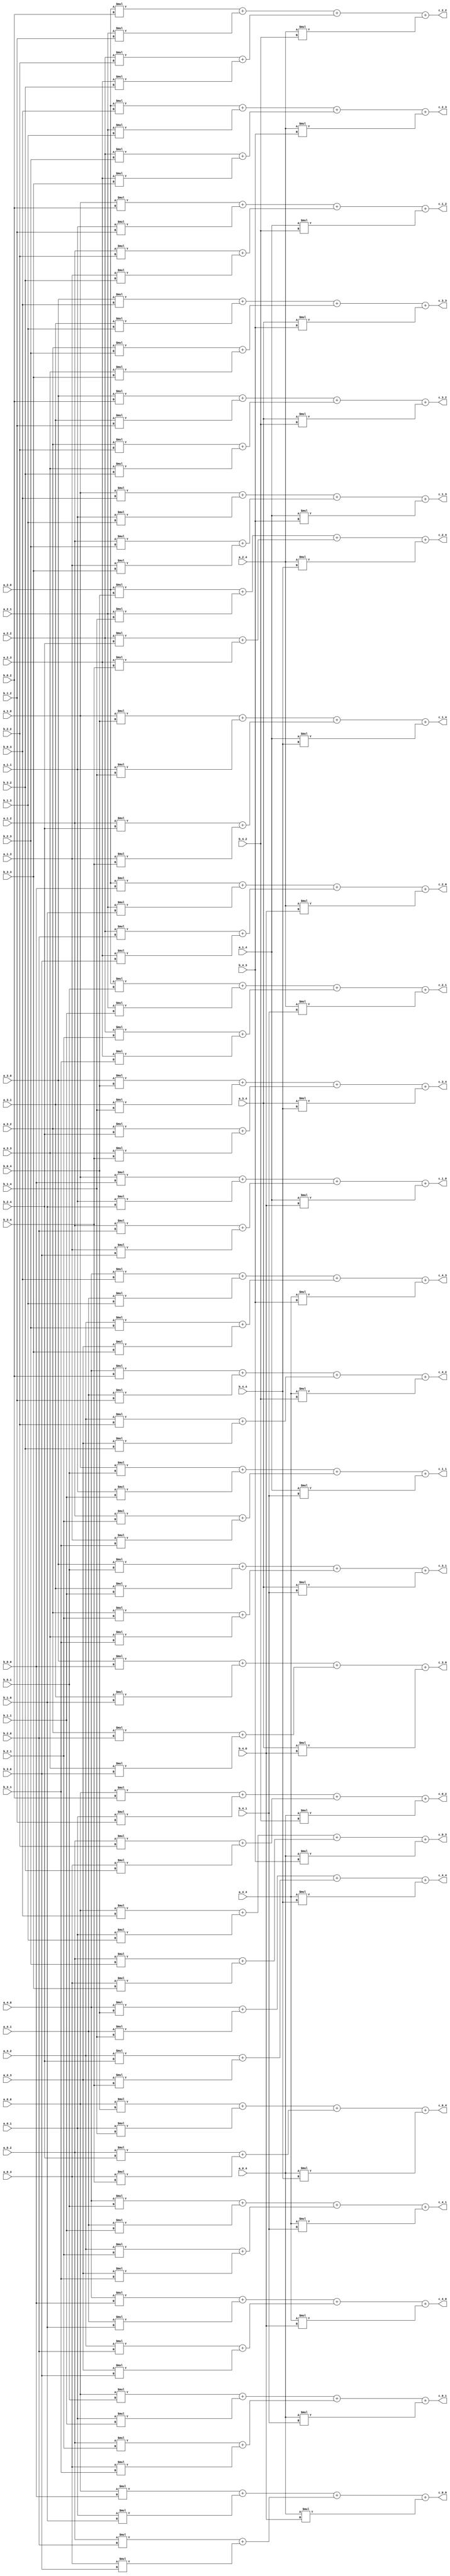
module mmult (a_0_0, b_0_0, a_0_1, b_0_1, a_0_2, b_0_2, a_0_3, b_0_3, a_0_4, b_0_4, a_1_0, b_1_0, a_1_1, b_1_1, a_1_2, b_1_2, a_1_3, b_1_3, a_1_4, b_1_4, a_2_0, b_2_0, a_2_1, b_2_1, a_2_2, b_2_2, a_2_3, b_2_3, a_2_4, b_2_4, a_3_0, b_3_0, a_3_1, b_3_1, a_3_2, b_3_2, a_3_3, b_3_3, a_3_4, b_3_4, a_4_0, b_4_0, a_4_1, b_4_1, a_4_2, b_4_2, a_4_3, b_4_3, a_4_4, b_4_4, c_0_0, c_0_1, c_0_2, c_0_3, c_0_4, c_1_0, c_1_1, c_1_2, c_1_3, c_1_4, c_2_0, c_2_1, c_2_2, c_2_3, c_2_4, c_3_0, c_3_1, c_3_2, c_3_3, c_3_4, c_4_0, c_4_1, c_4_2, c_4_3, c_4_4);

  input [15:0] a_0_0;
  input [15:0] b_0_0;
  input [15:0] a_0_1;
  input [15:0] b_0_1;
  input [15:0] a_0_2;
  input [15:0] b_0_2;
  input [15:0] a_0_3;
  input [15:0] b_0_3;
  input [15:0] a_0_4;
  input [15:0] b_0_4;
  input [15:0] a_1_0;
  input [15:0] b_1_0;
  input [15:0] a_1_1;
  input [15:0] b_1_1;
  input [15:0] a_1_2;
  input [15:0] b_1_2;
  input [15:0] a_1_3;
  input [15:0] b_1_3;
  input [15:0] a_1_4;
  input [15:0] b_1_4;
  input [15:0] a_2_0;
  input [15:0] b_2_0;
  input [15:0] a_2_1;
  input [15:0] b_2_1;
  input [15:0] a_2_2;
  input [15:0] b_2_2;
  input [15:0] a_2_3;
  input [15:0] b_2_3;
  input [15:0] a_2_4;
  input [15:0] b_2_4;
  input [15:0] a_3_0;
  input [15:0] b_3_0;
  input [15:0] a_3_1;
  input [15:0] b_3_1;
  input [15:0] a_3_2;
  input [15:0] b_3_2;
  input [15:0] a_3_3;
  input [15:0] b_3_3;
  input [15:0] a_3_4;
  input [15:0] b_3_4;
  input [15:0] a_4_0;
  input [15:0] b_4_0;
  input [15:0] a_4_1;
  input [15:0] b_4_1;
  input [15:0] a_4_2;
  input [15:0] b_4_2;
  input [15:0] a_4_3;
  input [15:0] b_4_3;
  input [15:0] a_4_4;
  input [15:0] b_4_4;

  output [15:0] c_0_0;
  output [15:0] c_0_1;
  output [15:0] c_0_2;
  output [15:0] c_0_3;
  output [15:0] c_0_4;
  output [15:0] c_1_0;
  output [15:0] c_1_1;
  output [15:0] c_1_2;
  output [15:0] c_1_3;
  output [15:0] c_1_4;
  output [15:0] c_2_0;
  output [15:0] c_2_1;
  output [15:0] c_2_2;
  output [15:0] c_2_3;
  output [15:0] c_2_4;
  output [15:0] c_3_0;
  output [15:0] c_3_1;
  output [15:0] c_3_2;
  output [15:0] c_3_3;
  output [15:0] c_3_4;
  output [15:0] c_4_0;
  output [15:0] c_4_1;
  output [15:0] c_4_2;
  output [15:0] c_4_3;
  output [15:0] c_4_4;

  wire [15:0] t0_r0_c0_rr0;
  wire [15:0] t0_r0_c0_rr1;
  wire [15:0] t0_r0_c0_rr2;
  wire [15:0] t0_r0_c0_rr3;
  wire [15:0] t0_r0_c0_rr4;
  wire [15:0] t1_r0_c0_rr0;
  wire [15:0] t1_r0_c0_rr1;
  wire [15:0] t1_r0_c0_rr2;
  wire [15:0] t2_r0_c0_rr0;
  wire [15:0] t2_r0_c0_rr1;
  wire [15:0] t3_r0_c0_rr0;
  wire [15:0] t0_r0_c1_rr0;
  wire [15:0] t0_r0_c1_rr1;
  wire [15:0] t0_r0_c1_rr2;
  wire [15:0] t0_r0_c1_rr3;
  wire [15:0] t0_r0_c1_rr4;
  wire [15:0] t1_r0_c1_rr0;
  wire [15:0] t1_r0_c1_rr1;
  wire [15:0] t1_r0_c1_rr2;
  wire [15:0] t2_r0_c1_rr0;
  wire [15:0] t2_r0_c1_rr1;
  wire [15:0] t3_r0_c1_rr0;
  wire [15:0] t0_r0_c2_rr0;
  wire [15:0] t0_r0_c2_rr1;
  wire [15:0] t0_r0_c2_rr2;
  wire [15:0] t0_r0_c2_rr3;
  wire [15:0] t0_r0_c2_rr4;
  wire [15:0] t1_r0_c2_rr0;
  wire [15:0] t1_r0_c2_rr1;
  wire [15:0] t1_r0_c2_rr2;
  wire [15:0] t2_r0_c2_rr0;
  wire [15:0] t2_r0_c2_rr1;
  wire [15:0] t3_r0_c2_rr0;
  wire [15:0] t0_r0_c3_rr0;
  wire [15:0] t0_r0_c3_rr1;
  wire [15:0] t0_r0_c3_rr2;
  wire [15:0] t0_r0_c3_rr3;
  wire [15:0] t0_r0_c3_rr4;
  wire [15:0] t1_r0_c3_rr0;
  wire [15:0] t1_r0_c3_rr1;
  wire [15:0] t1_r0_c3_rr2;
  wire [15:0] t2_r0_c3_rr0;
  wire [15:0] t2_r0_c3_rr1;
  wire [15:0] t3_r0_c3_rr0;
  wire [15:0] t0_r0_c4_rr0;
  wire [15:0] t0_r0_c4_rr1;
  wire [15:0] t0_r0_c4_rr2;
  wire [15:0] t0_r0_c4_rr3;
  wire [15:0] t0_r0_c4_rr4;
  wire [15:0] t1_r0_c4_rr0;
  wire [15:0] t1_r0_c4_rr1;
  wire [15:0] t1_r0_c4_rr2;
  wire [15:0] t2_r0_c4_rr0;
  wire [15:0] t2_r0_c4_rr1;
  wire [15:0] t3_r0_c4_rr0;
  wire [15:0] t0_r1_c0_rr0;
  wire [15:0] t0_r1_c0_rr1;
  wire [15:0] t0_r1_c0_rr2;
  wire [15:0] t0_r1_c0_rr3;
  wire [15:0] t0_r1_c0_rr4;
  wire [15:0] t1_r1_c0_rr0;
  wire [15:0] t1_r1_c0_rr1;
  wire [15:0] t1_r1_c0_rr2;
  wire [15:0] t2_r1_c0_rr0;
  wire [15:0] t2_r1_c0_rr1;
  wire [15:0] t3_r1_c0_rr0;
  wire [15:0] t0_r1_c1_rr0;
  wire [15:0] t0_r1_c1_rr1;
  wire [15:0] t0_r1_c1_rr2;
  wire [15:0] t0_r1_c1_rr3;
  wire [15:0] t0_r1_c1_rr4;
  wire [15:0] t1_r1_c1_rr0;
  wire [15:0] t1_r1_c1_rr1;
  wire [15:0] t1_r1_c1_rr2;
  wire [15:0] t2_r1_c1_rr0;
  wire [15:0] t2_r1_c1_rr1;
  wire [15:0] t3_r1_c1_rr0;
  wire [15:0] t0_r1_c2_rr0;
  wire [15:0] t0_r1_c2_rr1;
  wire [15:0] t0_r1_c2_rr2;
  wire [15:0] t0_r1_c2_rr3;
  wire [15:0] t0_r1_c2_rr4;
  wire [15:0] t1_r1_c2_rr0;
  wire [15:0] t1_r1_c2_rr1;
  wire [15:0] t1_r1_c2_rr2;
  wire [15:0] t2_r1_c2_rr0;
  wire [15:0] t2_r1_c2_rr1;
  wire [15:0] t3_r1_c2_rr0;
  wire [15:0] t0_r1_c3_rr0;
  wire [15:0] t0_r1_c3_rr1;
  wire [15:0] t0_r1_c3_rr2;
  wire [15:0] t0_r1_c3_rr3;
  wire [15:0] t0_r1_c3_rr4;
  wire [15:0] t1_r1_c3_rr0;
  wire [15:0] t1_r1_c3_rr1;
  wire [15:0] t1_r1_c3_rr2;
  wire [15:0] t2_r1_c3_rr0;
  wire [15:0] t2_r1_c3_rr1;
  wire [15:0] t3_r1_c3_rr0;
  wire [15:0] t0_r1_c4_rr0;
  wire [15:0] t0_r1_c4_rr1;
  wire [15:0] t0_r1_c4_rr2;
  wire [15:0] t0_r1_c4_rr3;
  wire [15:0] t0_r1_c4_rr4;
  wire [15:0] t1_r1_c4_rr0;
  wire [15:0] t1_r1_c4_rr1;
  wire [15:0] t1_r1_c4_rr2;
  wire [15:0] t2_r1_c4_rr0;
  wire [15:0] t2_r1_c4_rr1;
  wire [15:0] t3_r1_c4_rr0;
  wire [15:0] t0_r2_c0_rr0;
  wire [15:0] t0_r2_c0_rr1;
  wire [15:0] t0_r2_c0_rr2;
  wire [15:0] t0_r2_c0_rr3;
  wire [15:0] t0_r2_c0_rr4;
  wire [15:0] t1_r2_c0_rr0;
  wire [15:0] t1_r2_c0_rr1;
  wire [15:0] t1_r2_c0_rr2;
  wire [15:0] t2_r2_c0_rr0;
  wire [15:0] t2_r2_c0_rr1;
  wire [15:0] t3_r2_c0_rr0;
  wire [15:0] t0_r2_c1_rr0;
  wire [15:0] t0_r2_c1_rr1;
  wire [15:0] t0_r2_c1_rr2;
  wire [15:0] t0_r2_c1_rr3;
  wire [15:0] t0_r2_c1_rr4;
  wire [15:0] t1_r2_c1_rr0;
  wire [15:0] t1_r2_c1_rr1;
  wire [15:0] t1_r2_c1_rr2;
  wire [15:0] t2_r2_c1_rr0;
  wire [15:0] t2_r2_c1_rr1;
  wire [15:0] t3_r2_c1_rr0;
  wire [15:0] t0_r2_c2_rr0;
  wire [15:0] t0_r2_c2_rr1;
  wire [15:0] t0_r2_c2_rr2;
  wire [15:0] t0_r2_c2_rr3;
  wire [15:0] t0_r2_c2_rr4;
  wire [15:0] t1_r2_c2_rr0;
  wire [15:0] t1_r2_c2_rr1;
  wire [15:0] t1_r2_c2_rr2;
  wire [15:0] t2_r2_c2_rr0;
  wire [15:0] t2_r2_c2_rr1;
  wire [15:0] t3_r2_c2_rr0;
  wire [15:0] t0_r2_c3_rr0;
  wire [15:0] t0_r2_c3_rr1;
  wire [15:0] t0_r2_c3_rr2;
  wire [15:0] t0_r2_c3_rr3;
  wire [15:0] t0_r2_c3_rr4;
  wire [15:0] t1_r2_c3_rr0;
  wire [15:0] t1_r2_c3_rr1;
  wire [15:0] t1_r2_c3_rr2;
  wire [15:0] t2_r2_c3_rr0;
  wire [15:0] t2_r2_c3_rr1;
  wire [15:0] t3_r2_c3_rr0;
  wire [15:0] t0_r2_c4_rr0;
  wire [15:0] t0_r2_c4_rr1;
  wire [15:0] t0_r2_c4_rr2;
  wire [15:0] t0_r2_c4_rr3;
  wire [15:0] t0_r2_c4_rr4;
  wire [15:0] t1_r2_c4_rr0;
  wire [15:0] t1_r2_c4_rr1;
  wire [15:0] t1_r2_c4_rr2;
  wire [15:0] t2_r2_c4_rr0;
  wire [15:0] t2_r2_c4_rr1;
  wire [15:0] t3_r2_c4_rr0;
  wire [15:0] t0_r3_c0_rr0;
  wire [15:0] t0_r3_c0_rr1;
  wire [15:0] t0_r3_c0_rr2;
  wire [15:0] t0_r3_c0_rr3;
  wire [15:0] t0_r3_c0_rr4;
  wire [15:0] t1_r3_c0_rr0;
  wire [15:0] t1_r3_c0_rr1;
  wire [15:0] t1_r3_c0_rr2;
  wire [15:0] t2_r3_c0_rr0;
  wire [15:0] t2_r3_c0_rr1;
  wire [15:0] t3_r3_c0_rr0;
  wire [15:0] t0_r3_c1_rr0;
  wire [15:0] t0_r3_c1_rr1;
  wire [15:0] t0_r3_c1_rr2;
  wire [15:0] t0_r3_c1_rr3;
  wire [15:0] t0_r3_c1_rr4;
  wire [15:0] t1_r3_c1_rr0;
  wire [15:0] t1_r3_c1_rr1;
  wire [15:0] t1_r3_c1_rr2;
  wire [15:0] t2_r3_c1_rr0;
  wire [15:0] t2_r3_c1_rr1;
  wire [15:0] t3_r3_c1_rr0;
  wire [15:0] t0_r3_c2_rr0;
  wire [15:0] t0_r3_c2_rr1;
  wire [15:0] t0_r3_c2_rr2;
  wire [15:0] t0_r3_c2_rr3;
  wire [15:0] t0_r3_c2_rr4;
  wire [15:0] t1_r3_c2_rr0;
  wire [15:0] t1_r3_c2_rr1;
  wire [15:0] t1_r3_c2_rr2;
  wire [15:0] t2_r3_c2_rr0;
  wire [15:0] t2_r3_c2_rr1;
  wire [15:0] t3_r3_c2_rr0;
  wire [15:0] t0_r3_c3_rr0;
  wire [15:0] t0_r3_c3_rr1;
  wire [15:0] t0_r3_c3_rr2;
  wire [15:0] t0_r3_c3_rr3;
  wire [15:0] t0_r3_c3_rr4;
  wire [15:0] t1_r3_c3_rr0;
  wire [15:0] t1_r3_c3_rr1;
  wire [15:0] t1_r3_c3_rr2;
  wire [15:0] t2_r3_c3_rr0;
  wire [15:0] t2_r3_c3_rr1;
  wire [15:0] t3_r3_c3_rr0;
  wire [15:0] t0_r3_c4_rr0;
  wire [15:0] t0_r3_c4_rr1;
  wire [15:0] t0_r3_c4_rr2;
  wire [15:0] t0_r3_c4_rr3;
  wire [15:0] t0_r3_c4_rr4;
  wire [15:0] t1_r3_c4_rr0;
  wire [15:0] t1_r3_c4_rr1;
  wire [15:0] t1_r3_c4_rr2;
  wire [15:0] t2_r3_c4_rr0;
  wire [15:0] t2_r3_c4_rr1;
  wire [15:0] t3_r3_c4_rr0;
  wire [15:0] t0_r4_c0_rr0;
  wire [15:0] t0_r4_c0_rr1;
  wire [15:0] t0_r4_c0_rr2;
  wire [15:0] t0_r4_c0_rr3;
  wire [15:0] t0_r4_c0_rr4;
  wire [15:0] t1_r4_c0_rr0;
  wire [15:0] t1_r4_c0_rr1;
  wire [15:0] t1_r4_c0_rr2;
  wire [15:0] t2_r4_c0_rr0;
  wire [15:0] t2_r4_c0_rr1;
  wire [15:0] t3_r4_c0_rr0;
  wire [15:0] t0_r4_c1_rr0;
  wire [15:0] t0_r4_c1_rr1;
  wire [15:0] t0_r4_c1_rr2;
  wire [15:0] t0_r4_c1_rr3;
  wire [15:0] t0_r4_c1_rr4;
  wire [15:0] t1_r4_c1_rr0;
  wire [15:0] t1_r4_c1_rr1;
  wire [15:0] t1_r4_c1_rr2;
  wire [15:0] t2_r4_c1_rr0;
  wire [15:0] t2_r4_c1_rr1;
  wire [15:0] t3_r4_c1_rr0;
  wire [15:0] t0_r4_c2_rr0;
  wire [15:0] t0_r4_c2_rr1;
  wire [15:0] t0_r4_c2_rr2;
  wire [15:0] t0_r4_c2_rr3;
  wire [15:0] t0_r4_c2_rr4;
  wire [15:0] t1_r4_c2_rr0;
  wire [15:0] t1_r4_c2_rr1;
  wire [15:0] t1_r4_c2_rr2;
  wire [15:0] t2_r4_c2_rr0;
  wire [15:0] t2_r4_c2_rr1;
  wire [15:0] t3_r4_c2_rr0;
  wire [15:0] t0_r4_c3_rr0;
  wire [15:0] t0_r4_c3_rr1;
  wire [15:0] t0_r4_c3_rr2;
  wire [15:0] t0_r4_c3_rr3;
  wire [15:0] t0_r4_c3_rr4;
  wire [15:0] t1_r4_c3_rr0;
  wire [15:0] t1_r4_c3_rr1;
  wire [15:0] t1_r4_c3_rr2;
  wire [15:0] t2_r4_c3_rr0;
  wire [15:0] t2_r4_c3_rr1;
  wire [15:0] t3_r4_c3_rr0;
  wire [15:0] t0_r4_c4_rr0;
  wire [15:0] t0_r4_c4_rr1;
  wire [15:0] t0_r4_c4_rr2;
  wire [15:0] t0_r4_c4_rr3;
  wire [15:0] t0_r4_c4_rr4;
  wire [15:0] t1_r4_c4_rr0;
  wire [15:0] t1_r4_c4_rr1;
  wire [15:0] t1_r4_c4_rr2;
  wire [15:0] t2_r4_c4_rr0;
  wire [15:0] t2_r4_c4_rr1;
  wire [15:0] t3_r4_c4_rr0;

  assign t0_r0_c0_rr0 = a_0_0 * b_0_0;
  assign t0_r0_c0_rr1 = a_0_1 * b_1_0;
  assign t0_r0_c0_rr2 = a_0_2 * b_2_0;
  assign t0_r0_c0_rr3 = a_0_3 * b_3_0;
  assign t0_r0_c0_rr4 = a_0_4 * b_4_0;
  assign t1_r0_c0_rr0 = t0_r0_c0_rr0 + t0_r0_c0_rr1;
  assign t1_r0_c0_rr1 = t0_r0_c0_rr2 + t0_r0_c0_rr3;
  assign t1_r0_c0_rr2 = t0_r0_c0_rr4;

  assign t2_r0_c0_rr0 = t1_r0_c0_rr0 + t1_r0_c0_rr1;
  assign t2_r0_c0_rr1 = t1_r0_c0_rr2;

  assign t3_r0_c0_rr0 = t2_r0_c0_rr0 + t2_r0_c0_rr1;

  assign c_0_0 = t3_r0_c0_rr0;
  assign t0_r0_c1_rr0 = a_0_0 * b_0_1;
  assign t0_r0_c1_rr1 = a_0_1 * b_1_1;
  assign t0_r0_c1_rr2 = a_0_2 * b_2_1;
  assign t0_r0_c1_rr3 = a_0_3 * b_3_1;
  assign t0_r0_c1_rr4 = a_0_4 * b_4_1;
  assign t1_r0_c1_rr0 = t0_r0_c1_rr0 + t0_r0_c1_rr1;
  assign t1_r0_c1_rr1 = t0_r0_c1_rr2 + t0_r0_c1_rr3;
  assign t1_r0_c1_rr2 = t0_r0_c1_rr4;

  assign t2_r0_c1_rr0 = t1_r0_c1_rr0 + t1_r0_c1_rr1;
  assign t2_r0_c1_rr1 = t1_r0_c1_rr2;

  assign t3_r0_c1_rr0 = t2_r0_c1_rr0 + t2_r0_c1_rr1;

  assign c_0_1 = t3_r0_c1_rr0;
  assign t0_r0_c2_rr0 = a_0_0 * b_0_2;
  assign t0_r0_c2_rr1 = a_0_1 * b_1_2;
  assign t0_r0_c2_rr2 = a_0_2 * b_2_2;
  assign t0_r0_c2_rr3 = a_0_3 * b_3_2;
  assign t0_r0_c2_rr4 = a_0_4 * b_4_2;
  assign t1_r0_c2_rr0 = t0_r0_c2_rr0 + t0_r0_c2_rr1;
  assign t1_r0_c2_rr1 = t0_r0_c2_rr2 + t0_r0_c2_rr3;
  assign t1_r0_c2_rr2 = t0_r0_c2_rr4;

  assign t2_r0_c2_rr0 = t1_r0_c2_rr0 + t1_r0_c2_rr1;
  assign t2_r0_c2_rr1 = t1_r0_c2_rr2;

  assign t3_r0_c2_rr0 = t2_r0_c2_rr0 + t2_r0_c2_rr1;

  assign c_0_2 = t3_r0_c2_rr0;
  assign t0_r0_c3_rr0 = a_0_0 * b_0_3;
  assign t0_r0_c3_rr1 = a_0_1 * b_1_3;
  assign t0_r0_c3_rr2 = a_0_2 * b_2_3;
  assign t0_r0_c3_rr3 = a_0_3 * b_3_3;
  assign t0_r0_c3_rr4 = a_0_4 * b_4_3;
  assign t1_r0_c3_rr0 = t0_r0_c3_rr0 + t0_r0_c3_rr1;
  assign t1_r0_c3_rr1 = t0_r0_c3_rr2 + t0_r0_c3_rr3;
  assign t1_r0_c3_rr2 = t0_r0_c3_rr4;

  assign t2_r0_c3_rr0 = t1_r0_c3_rr0 + t1_r0_c3_rr1;
  assign t2_r0_c3_rr1 = t1_r0_c3_rr2;

  assign t3_r0_c3_rr0 = t2_r0_c3_rr0 + t2_r0_c3_rr1;

  assign c_0_3 = t3_r0_c3_rr0;
  assign t0_r0_c4_rr0 = a_0_0 * b_0_4;
  assign t0_r0_c4_rr1 = a_0_1 * b_1_4;
  assign t0_r0_c4_rr2 = a_0_2 * b_2_4;
  assign t0_r0_c4_rr3 = a_0_3 * b_3_4;
  assign t0_r0_c4_rr4 = a_0_4 * b_4_4;
  assign t1_r0_c4_rr0 = t0_r0_c4_rr0 + t0_r0_c4_rr1;
  assign t1_r0_c4_rr1 = t0_r0_c4_rr2 + t0_r0_c4_rr3;
  assign t1_r0_c4_rr2 = t0_r0_c4_rr4;

  assign t2_r0_c4_rr0 = t1_r0_c4_rr0 + t1_r0_c4_rr1;
  assign t2_r0_c4_rr1 = t1_r0_c4_rr2;

  assign t3_r0_c4_rr0 = t2_r0_c4_rr0 + t2_r0_c4_rr1;

  assign c_0_4 = t3_r0_c4_rr0;
  assign t0_r1_c0_rr0 = a_1_0 * b_0_0;
  assign t0_r1_c0_rr1 = a_1_1 * b_1_0;
  assign t0_r1_c0_rr2 = a_1_2 * b_2_0;
  assign t0_r1_c0_rr3 = a_1_3 * b_3_0;
  assign t0_r1_c0_rr4 = a_1_4 * b_4_0;
  assign t1_r1_c0_rr0 = t0_r1_c0_rr0 + t0_r1_c0_rr1;
  assign t1_r1_c0_rr1 = t0_r1_c0_rr2 + t0_r1_c0_rr3;
  assign t1_r1_c0_rr2 = t0_r1_c0_rr4;

  assign t2_r1_c0_rr0 = t1_r1_c0_rr0 + t1_r1_c0_rr1;
  assign t2_r1_c0_rr1 = t1_r1_c0_rr2;

  assign t3_r1_c0_rr0 = t2_r1_c0_rr0 + t2_r1_c0_rr1;

  assign c_1_0 = t3_r1_c0_rr0;
  assign t0_r1_c1_rr0 = a_1_0 * b_0_1;
  assign t0_r1_c1_rr1 = a_1_1 * b_1_1;
  assign t0_r1_c1_rr2 = a_1_2 * b_2_1;
  assign t0_r1_c1_rr3 = a_1_3 * b_3_1;
  assign t0_r1_c1_rr4 = a_1_4 * b_4_1;
  assign t1_r1_c1_rr0 = t0_r1_c1_rr0 + t0_r1_c1_rr1;
  assign t1_r1_c1_rr1 = t0_r1_c1_rr2 + t0_r1_c1_rr3;
  assign t1_r1_c1_rr2 = t0_r1_c1_rr4;

  assign t2_r1_c1_rr0 = t1_r1_c1_rr0 + t1_r1_c1_rr1;
  assign t2_r1_c1_rr1 = t1_r1_c1_rr2;

  assign t3_r1_c1_rr0 = t2_r1_c1_rr0 + t2_r1_c1_rr1;

  assign c_1_1 = t3_r1_c1_rr0;
  assign t0_r1_c2_rr0 = a_1_0 * b_0_2;
  assign t0_r1_c2_rr1 = a_1_1 * b_1_2;
  assign t0_r1_c2_rr2 = a_1_2 * b_2_2;
  assign t0_r1_c2_rr3 = a_1_3 * b_3_2;
  assign t0_r1_c2_rr4 = a_1_4 * b_4_2;
  assign t1_r1_c2_rr0 = t0_r1_c2_rr0 + t0_r1_c2_rr1;
  assign t1_r1_c2_rr1 = t0_r1_c2_rr2 + t0_r1_c2_rr3;
  assign t1_r1_c2_rr2 = t0_r1_c2_rr4;

  assign t2_r1_c2_rr0 = t1_r1_c2_rr0 + t1_r1_c2_rr1;
  assign t2_r1_c2_rr1 = t1_r1_c2_rr2;

  assign t3_r1_c2_rr0 = t2_r1_c2_rr0 + t2_r1_c2_rr1;

  assign c_1_2 = t3_r1_c2_rr0;
  assign t0_r1_c3_rr0 = a_1_0 * b_0_3;
  assign t0_r1_c3_rr1 = a_1_1 * b_1_3;
  assign t0_r1_c3_rr2 = a_1_2 * b_2_3;
  assign t0_r1_c3_rr3 = a_1_3 * b_3_3;
  assign t0_r1_c3_rr4 = a_1_4 * b_4_3;
  assign t1_r1_c3_rr0 = t0_r1_c3_rr0 + t0_r1_c3_rr1;
  assign t1_r1_c3_rr1 = t0_r1_c3_rr2 + t0_r1_c3_rr3;
  assign t1_r1_c3_rr2 = t0_r1_c3_rr4;

  assign t2_r1_c3_rr0 = t1_r1_c3_rr0 + t1_r1_c3_rr1;
  assign t2_r1_c3_rr1 = t1_r1_c3_rr2;

  assign t3_r1_c3_rr0 = t2_r1_c3_rr0 + t2_r1_c3_rr1;

  assign c_1_3 = t3_r1_c3_rr0;
  assign t0_r1_c4_rr0 = a_1_0 * b_0_4;
  assign t0_r1_c4_rr1 = a_1_1 * b_1_4;
  assign t0_r1_c4_rr2 = a_1_2 * b_2_4;
  assign t0_r1_c4_rr3 = a_1_3 * b_3_4;
  assign t0_r1_c4_rr4 = a_1_4 * b_4_4;
  assign t1_r1_c4_rr0 = t0_r1_c4_rr0 + t0_r1_c4_rr1;
  assign t1_r1_c4_rr1 = t0_r1_c4_rr2 + t0_r1_c4_rr3;
  assign t1_r1_c4_rr2 = t0_r1_c4_rr4;

  assign t2_r1_c4_rr0 = t1_r1_c4_rr0 + t1_r1_c4_rr1;
  assign t2_r1_c4_rr1 = t1_r1_c4_rr2;

  assign t3_r1_c4_rr0 = t2_r1_c4_rr0 + t2_r1_c4_rr1;

  assign c_1_4 = t3_r1_c4_rr0;
  assign t0_r2_c0_rr0 = a_2_0 * b_0_0;
  assign t0_r2_c0_rr1 = a_2_1 * b_1_0;
  assign t0_r2_c0_rr2 = a_2_2 * b_2_0;
  assign t0_r2_c0_rr3 = a_2_3 * b_3_0;
  assign t0_r2_c0_rr4 = a_2_4 * b_4_0;
  assign t1_r2_c0_rr0 = t0_r2_c0_rr0 + t0_r2_c0_rr1;
  assign t1_r2_c0_rr1 = t0_r2_c0_rr2 + t0_r2_c0_rr3;
  assign t1_r2_c0_rr2 = t0_r2_c0_rr4;

  assign t2_r2_c0_rr0 = t1_r2_c0_rr0 + t1_r2_c0_rr1;
  assign t2_r2_c0_rr1 = t1_r2_c0_rr2;

  assign t3_r2_c0_rr0 = t2_r2_c0_rr0 + t2_r2_c0_rr1;

  assign c_2_0 = t3_r2_c0_rr0;
  assign t0_r2_c1_rr0 = a_2_0 * b_0_1;
  assign t0_r2_c1_rr1 = a_2_1 * b_1_1;
  assign t0_r2_c1_rr2 = a_2_2 * b_2_1;
  assign t0_r2_c1_rr3 = a_2_3 * b_3_1;
  assign t0_r2_c1_rr4 = a_2_4 * b_4_1;
  assign t1_r2_c1_rr0 = t0_r2_c1_rr0 + t0_r2_c1_rr1;
  assign t1_r2_c1_rr1 = t0_r2_c1_rr2 + t0_r2_c1_rr3;
  assign t1_r2_c1_rr2 = t0_r2_c1_rr4;

  assign t2_r2_c1_rr0 = t1_r2_c1_rr0 + t1_r2_c1_rr1;
  assign t2_r2_c1_rr1 = t1_r2_c1_rr2;

  assign t3_r2_c1_rr0 = t2_r2_c1_rr0 + t2_r2_c1_rr1;

  assign c_2_1 = t3_r2_c1_rr0;
  assign t0_r2_c2_rr0 = a_2_0 * b_0_2;
  assign t0_r2_c2_rr1 = a_2_1 * b_1_2;
  assign t0_r2_c2_rr2 = a_2_2 * b_2_2;
  assign t0_r2_c2_rr3 = a_2_3 * b_3_2;
  assign t0_r2_c2_rr4 = a_2_4 * b_4_2;
  assign t1_r2_c2_rr0 = t0_r2_c2_rr0 + t0_r2_c2_rr1;
  assign t1_r2_c2_rr1 = t0_r2_c2_rr2 + t0_r2_c2_rr3;
  assign t1_r2_c2_rr2 = t0_r2_c2_rr4;

  assign t2_r2_c2_rr0 = t1_r2_c2_rr0 + t1_r2_c2_rr1;
  assign t2_r2_c2_rr1 = t1_r2_c2_rr2;

  assign t3_r2_c2_rr0 = t2_r2_c2_rr0 + t2_r2_c2_rr1;

  assign c_2_2 = t3_r2_c2_rr0;
  assign t0_r2_c3_rr0 = a_2_0 * b_0_3;
  assign t0_r2_c3_rr1 = a_2_1 * b_1_3;
  assign t0_r2_c3_rr2 = a_2_2 * b_2_3;
  assign t0_r2_c3_rr3 = a_2_3 * b_3_3;
  assign t0_r2_c3_rr4 = a_2_4 * b_4_3;
  assign t1_r2_c3_rr0 = t0_r2_c3_rr0 + t0_r2_c3_rr1;
  assign t1_r2_c3_rr1 = t0_r2_c3_rr2 + t0_r2_c3_rr3;
  assign t1_r2_c3_rr2 = t0_r2_c3_rr4;

  assign t2_r2_c3_rr0 = t1_r2_c3_rr0 + t1_r2_c3_rr1;
  assign t2_r2_c3_rr1 = t1_r2_c3_rr2;

  assign t3_r2_c3_rr0 = t2_r2_c3_rr0 + t2_r2_c3_rr1;

  assign c_2_3 = t3_r2_c3_rr0;
  assign t0_r2_c4_rr0 = a_2_0 * b_0_4;
  assign t0_r2_c4_rr1 = a_2_1 * b_1_4;
  assign t0_r2_c4_rr2 = a_2_2 * b_2_4;
  assign t0_r2_c4_rr3 = a_2_3 * b_3_4;
  assign t0_r2_c4_rr4 = a_2_4 * b_4_4;
  assign t1_r2_c4_rr0 = t0_r2_c4_rr0 + t0_r2_c4_rr1;
  assign t1_r2_c4_rr1 = t0_r2_c4_rr2 + t0_r2_c4_rr3;
  assign t1_r2_c4_rr2 = t0_r2_c4_rr4;

  assign t2_r2_c4_rr0 = t1_r2_c4_rr0 + t1_r2_c4_rr1;
  assign t2_r2_c4_rr1 = t1_r2_c4_rr2;

  assign t3_r2_c4_rr0 = t2_r2_c4_rr0 + t2_r2_c4_rr1;

  assign c_2_4 = t3_r2_c4_rr0;
  assign t0_r3_c0_rr0 = a_3_0 * b_0_0;
  assign t0_r3_c0_rr1 = a_3_1 * b_1_0;
  assign t0_r3_c0_rr2 = a_3_2 * b_2_0;
  assign t0_r3_c0_rr3 = a_3_3 * b_3_0;
  assign t0_r3_c0_rr4 = a_3_4 * b_4_0;
  assign t1_r3_c0_rr0 = t0_r3_c0_rr0 + t0_r3_c0_rr1;
  assign t1_r3_c0_rr1 = t0_r3_c0_rr2 + t0_r3_c0_rr3;
  assign t1_r3_c0_rr2 = t0_r3_c0_rr4;

  assign t2_r3_c0_rr0 = t1_r3_c0_rr0 + t1_r3_c0_rr1;
  assign t2_r3_c0_rr1 = t1_r3_c0_rr2;

  assign t3_r3_c0_rr0 = t2_r3_c0_rr0 + t2_r3_c0_rr1;

  assign c_3_0 = t3_r3_c0_rr0;
  assign t0_r3_c1_rr0 = a_3_0 * b_0_1;
  assign t0_r3_c1_rr1 = a_3_1 * b_1_1;
  assign t0_r3_c1_rr2 = a_3_2 * b_2_1;
  assign t0_r3_c1_rr3 = a_3_3 * b_3_1;
  assign t0_r3_c1_rr4 = a_3_4 * b_4_1;
  assign t1_r3_c1_rr0 = t0_r3_c1_rr0 + t0_r3_c1_rr1;
  assign t1_r3_c1_rr1 = t0_r3_c1_rr2 + t0_r3_c1_rr3;
  assign t1_r3_c1_rr2 = t0_r3_c1_rr4;

  assign t2_r3_c1_rr0 = t1_r3_c1_rr0 + t1_r3_c1_rr1;
  assign t2_r3_c1_rr1 = t1_r3_c1_rr2;

  assign t3_r3_c1_rr0 = t2_r3_c1_rr0 + t2_r3_c1_rr1;

  assign c_3_1 = t3_r3_c1_rr0;
  assign t0_r3_c2_rr0 = a_3_0 * b_0_2;
  assign t0_r3_c2_rr1 = a_3_1 * b_1_2;
  assign t0_r3_c2_rr2 = a_3_2 * b_2_2;
  assign t0_r3_c2_rr3 = a_3_3 * b_3_2;
  assign t0_r3_c2_rr4 = a_3_4 * b_4_2;
  assign t1_r3_c2_rr0 = t0_r3_c2_rr0 + t0_r3_c2_rr1;
  assign t1_r3_c2_rr1 = t0_r3_c2_rr2 + t0_r3_c2_rr3;
  assign t1_r3_c2_rr2 = t0_r3_c2_rr4;

  assign t2_r3_c2_rr0 = t1_r3_c2_rr0 + t1_r3_c2_rr1;
  assign t2_r3_c2_rr1 = t1_r3_c2_rr2;

  assign t3_r3_c2_rr0 = t2_r3_c2_rr0 + t2_r3_c2_rr1;

  assign c_3_2 = t3_r3_c2_rr0;
  assign t0_r3_c3_rr0 = a_3_0 * b_0_3;
  assign t0_r3_c3_rr1 = a_3_1 * b_1_3;
  assign t0_r3_c3_rr2 = a_3_2 * b_2_3;
  assign t0_r3_c3_rr3 = a_3_3 * b_3_3;
  assign t0_r3_c3_rr4 = a_3_4 * b_4_3;
  assign t1_r3_c3_rr0 = t0_r3_c3_rr0 + t0_r3_c3_rr1;
  assign t1_r3_c3_rr1 = t0_r3_c3_rr2 + t0_r3_c3_rr3;
  assign t1_r3_c3_rr2 = t0_r3_c3_rr4;

  assign t2_r3_c3_rr0 = t1_r3_c3_rr0 + t1_r3_c3_rr1;
  assign t2_r3_c3_rr1 = t1_r3_c3_rr2;

  assign t3_r3_c3_rr0 = t2_r3_c3_rr0 + t2_r3_c3_rr1;

  assign c_3_3 = t3_r3_c3_rr0;
  assign t0_r3_c4_rr0 = a_3_0 * b_0_4;
  assign t0_r3_c4_rr1 = a_3_1 * b_1_4;
  assign t0_r3_c4_rr2 = a_3_2 * b_2_4;
  assign t0_r3_c4_rr3 = a_3_3 * b_3_4;
  assign t0_r3_c4_rr4 = a_3_4 * b_4_4;
  assign t1_r3_c4_rr0 = t0_r3_c4_rr0 + t0_r3_c4_rr1;
  assign t1_r3_c4_rr1 = t0_r3_c4_rr2 + t0_r3_c4_rr3;
  assign t1_r3_c4_rr2 = t0_r3_c4_rr4;

  assign t2_r3_c4_rr0 = t1_r3_c4_rr0 + t1_r3_c4_rr1;
  assign t2_r3_c4_rr1 = t1_r3_c4_rr2;

  assign t3_r3_c4_rr0 = t2_r3_c4_rr0 + t2_r3_c4_rr1;

  assign c_3_4 = t3_r3_c4_rr0;
  assign t0_r4_c0_rr0 = a_4_0 * b_0_0;
  assign t0_r4_c0_rr1 = a_4_1 * b_1_0;
  assign t0_r4_c0_rr2 = a_4_2 * b_2_0;
  assign t0_r4_c0_rr3 = a_4_3 * b_3_0;
  assign t0_r4_c0_rr4 = a_4_4 * b_4_0;
  assign t1_r4_c0_rr0 = t0_r4_c0_rr0 + t0_r4_c0_rr1;
  assign t1_r4_c0_rr1 = t0_r4_c0_rr2 + t0_r4_c0_rr3;
  assign t1_r4_c0_rr2 = t0_r4_c0_rr4;

  assign t2_r4_c0_rr0 = t1_r4_c0_rr0 + t1_r4_c0_rr1;
  assign t2_r4_c0_rr1 = t1_r4_c0_rr2;

  assign t3_r4_c0_rr0 = t2_r4_c0_rr0 + t2_r4_c0_rr1;

  assign c_4_0 = t3_r4_c0_rr0;
  assign t0_r4_c1_rr0 = a_4_0 * b_0_1;
  assign t0_r4_c1_rr1 = a_4_1 * b_1_1;
  assign t0_r4_c1_rr2 = a_4_2 * b_2_1;
  assign t0_r4_c1_rr3 = a_4_3 * b_3_1;
  assign t0_r4_c1_rr4 = a_4_4 * b_4_1;
  assign t1_r4_c1_rr0 = t0_r4_c1_rr0 + t0_r4_c1_rr1;
  assign t1_r4_c1_rr1 = t0_r4_c1_rr2 + t0_r4_c1_rr3;
  assign t1_r4_c1_rr2 = t0_r4_c1_rr4;

  assign t2_r4_c1_rr0 = t1_r4_c1_rr0 + t1_r4_c1_rr1;
  assign t2_r4_c1_rr1 = t1_r4_c1_rr2;

  assign t3_r4_c1_rr0 = t2_r4_c1_rr0 + t2_r4_c1_rr1;

  assign c_4_1 = t3_r4_c1_rr0;
  assign t0_r4_c2_rr0 = a_4_0 * b_0_2;
  assign t0_r4_c2_rr1 = a_4_1 * b_1_2;
  assign t0_r4_c2_rr2 = a_4_2 * b_2_2;
  assign t0_r4_c2_rr3 = a_4_3 * b_3_2;
  assign t0_r4_c2_rr4 = a_4_4 * b_4_2;
  assign t1_r4_c2_rr0 = t0_r4_c2_rr0 + t0_r4_c2_rr1;
  assign t1_r4_c2_rr1 = t0_r4_c2_rr2 + t0_r4_c2_rr3;
  assign t1_r4_c2_rr2 = t0_r4_c2_rr4;

  assign t2_r4_c2_rr0 = t1_r4_c2_rr0 + t1_r4_c2_rr1;
  assign t2_r4_c2_rr1 = t1_r4_c2_rr2;

  assign t3_r4_c2_rr0 = t2_r4_c2_rr0 + t2_r4_c2_rr1;

  assign c_4_2 = t3_r4_c2_rr0;
  assign t0_r4_c3_rr0 = a_4_0 * b_0_3;
  assign t0_r4_c3_rr1 = a_4_1 * b_1_3;
  assign t0_r4_c3_rr2 = a_4_2 * b_2_3;
  assign t0_r4_c3_rr3 = a_4_3 * b_3_3;
  assign t0_r4_c3_rr4 = a_4_4 * b_4_3;
  assign t1_r4_c3_rr0 = t0_r4_c3_rr0 + t0_r4_c3_rr1;
  assign t1_r4_c3_rr1 = t0_r4_c3_rr2 + t0_r4_c3_rr3;
  assign t1_r4_c3_rr2 = t0_r4_c3_rr4;

  assign t2_r4_c3_rr0 = t1_r4_c3_rr0 + t1_r4_c3_rr1;
  assign t2_r4_c3_rr1 = t1_r4_c3_rr2;

  assign t3_r4_c3_rr0 = t2_r4_c3_rr0 + t2_r4_c3_rr1;

  assign c_4_3 = t3_r4_c3_rr0;
  assign t0_r4_c4_rr0 = a_4_0 * b_0_4;
  assign t0_r4_c4_rr1 = a_4_1 * b_1_4;
  assign t0_r4_c4_rr2 = a_4_2 * b_2_4;
  assign t0_r4_c4_rr3 = a_4_3 * b_3_4;
  assign t0_r4_c4_rr4 = a_4_4 * b_4_4;
  assign t1_r4_c4_rr0 = t0_r4_c4_rr0 + t0_r4_c4_rr1;
  assign t1_r4_c4_rr1 = t0_r4_c4_rr2 + t0_r4_c4_rr3;
  assign t1_r4_c4_rr2 = t0_r4_c4_rr4;

  assign t2_r4_c4_rr0 = t1_r4_c4_rr0 + t1_r4_c4_rr1;
  assign t2_r4_c4_rr1 = t1_r4_c4_rr2;

  assign t3_r4_c4_rr0 = t2_r4_c4_rr0 + t2_r4_c4_rr1;

  assign c_4_4 = t3_r4_c4_rr0;
endmodule